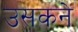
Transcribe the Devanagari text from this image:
उसकने